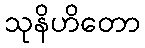
သုနိဟိတော